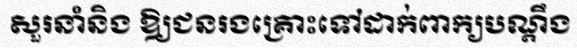
សួរនាំនិង ឱ្យជនរងគ្រោះទៅដាក់ពាក្យបណ្តឹង